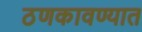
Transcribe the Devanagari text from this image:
ठणकावण्यात